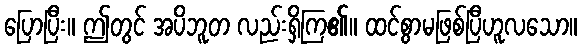
ပြောပြီး။ ဤတွင် အပိဘူတ လည်းရှိကြ၏။ ထင်စွာမဖြစ်ပြီဟူလသော။